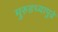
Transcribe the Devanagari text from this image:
मुरुडच्यापुढे